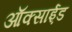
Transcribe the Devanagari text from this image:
ऑक्साई़ड